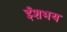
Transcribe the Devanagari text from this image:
ईशभय